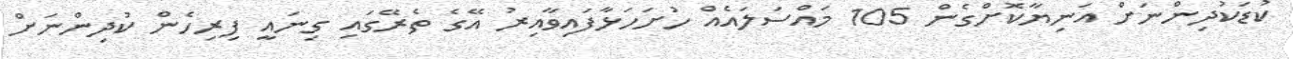
ކުޑަކުދިންނަށް އަނިޔާކޮށްގެން 105 މައްސަލައެއް ހުށަހަޅާފައިވާއިރު އޭގެ ތެރޭގައި ގިނައީ ފިރިހެން ކުދިންނަށް